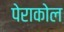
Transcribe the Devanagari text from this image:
पेराकोल